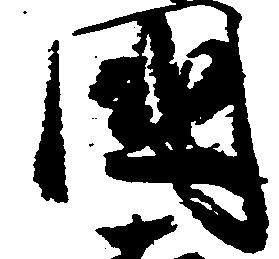
国